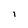
Character: l